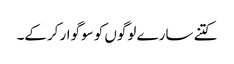
کتنے سارے لوگوں کو سوگوار کرکے۔